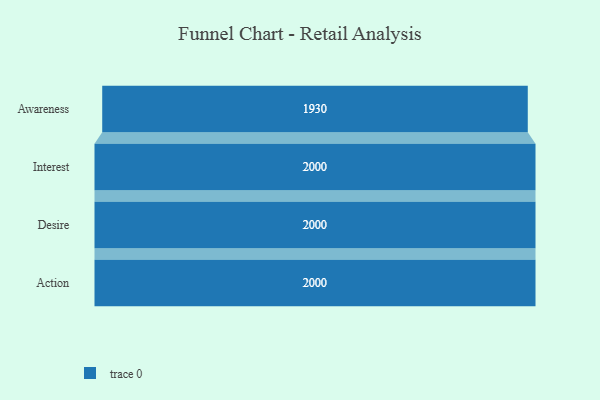
{"axis": {"x": "Stage", "y": "Value"}, "legend": [""], "data": [{"x": "Awareness", "y": 1930.0, "type": ""}, {"x": "Interest", "y": 2000, "type": ""}, {"x": "Desire", "y": 2000, "type": ""}, {"x": "Action", "y": 2000, "type": ""}]}